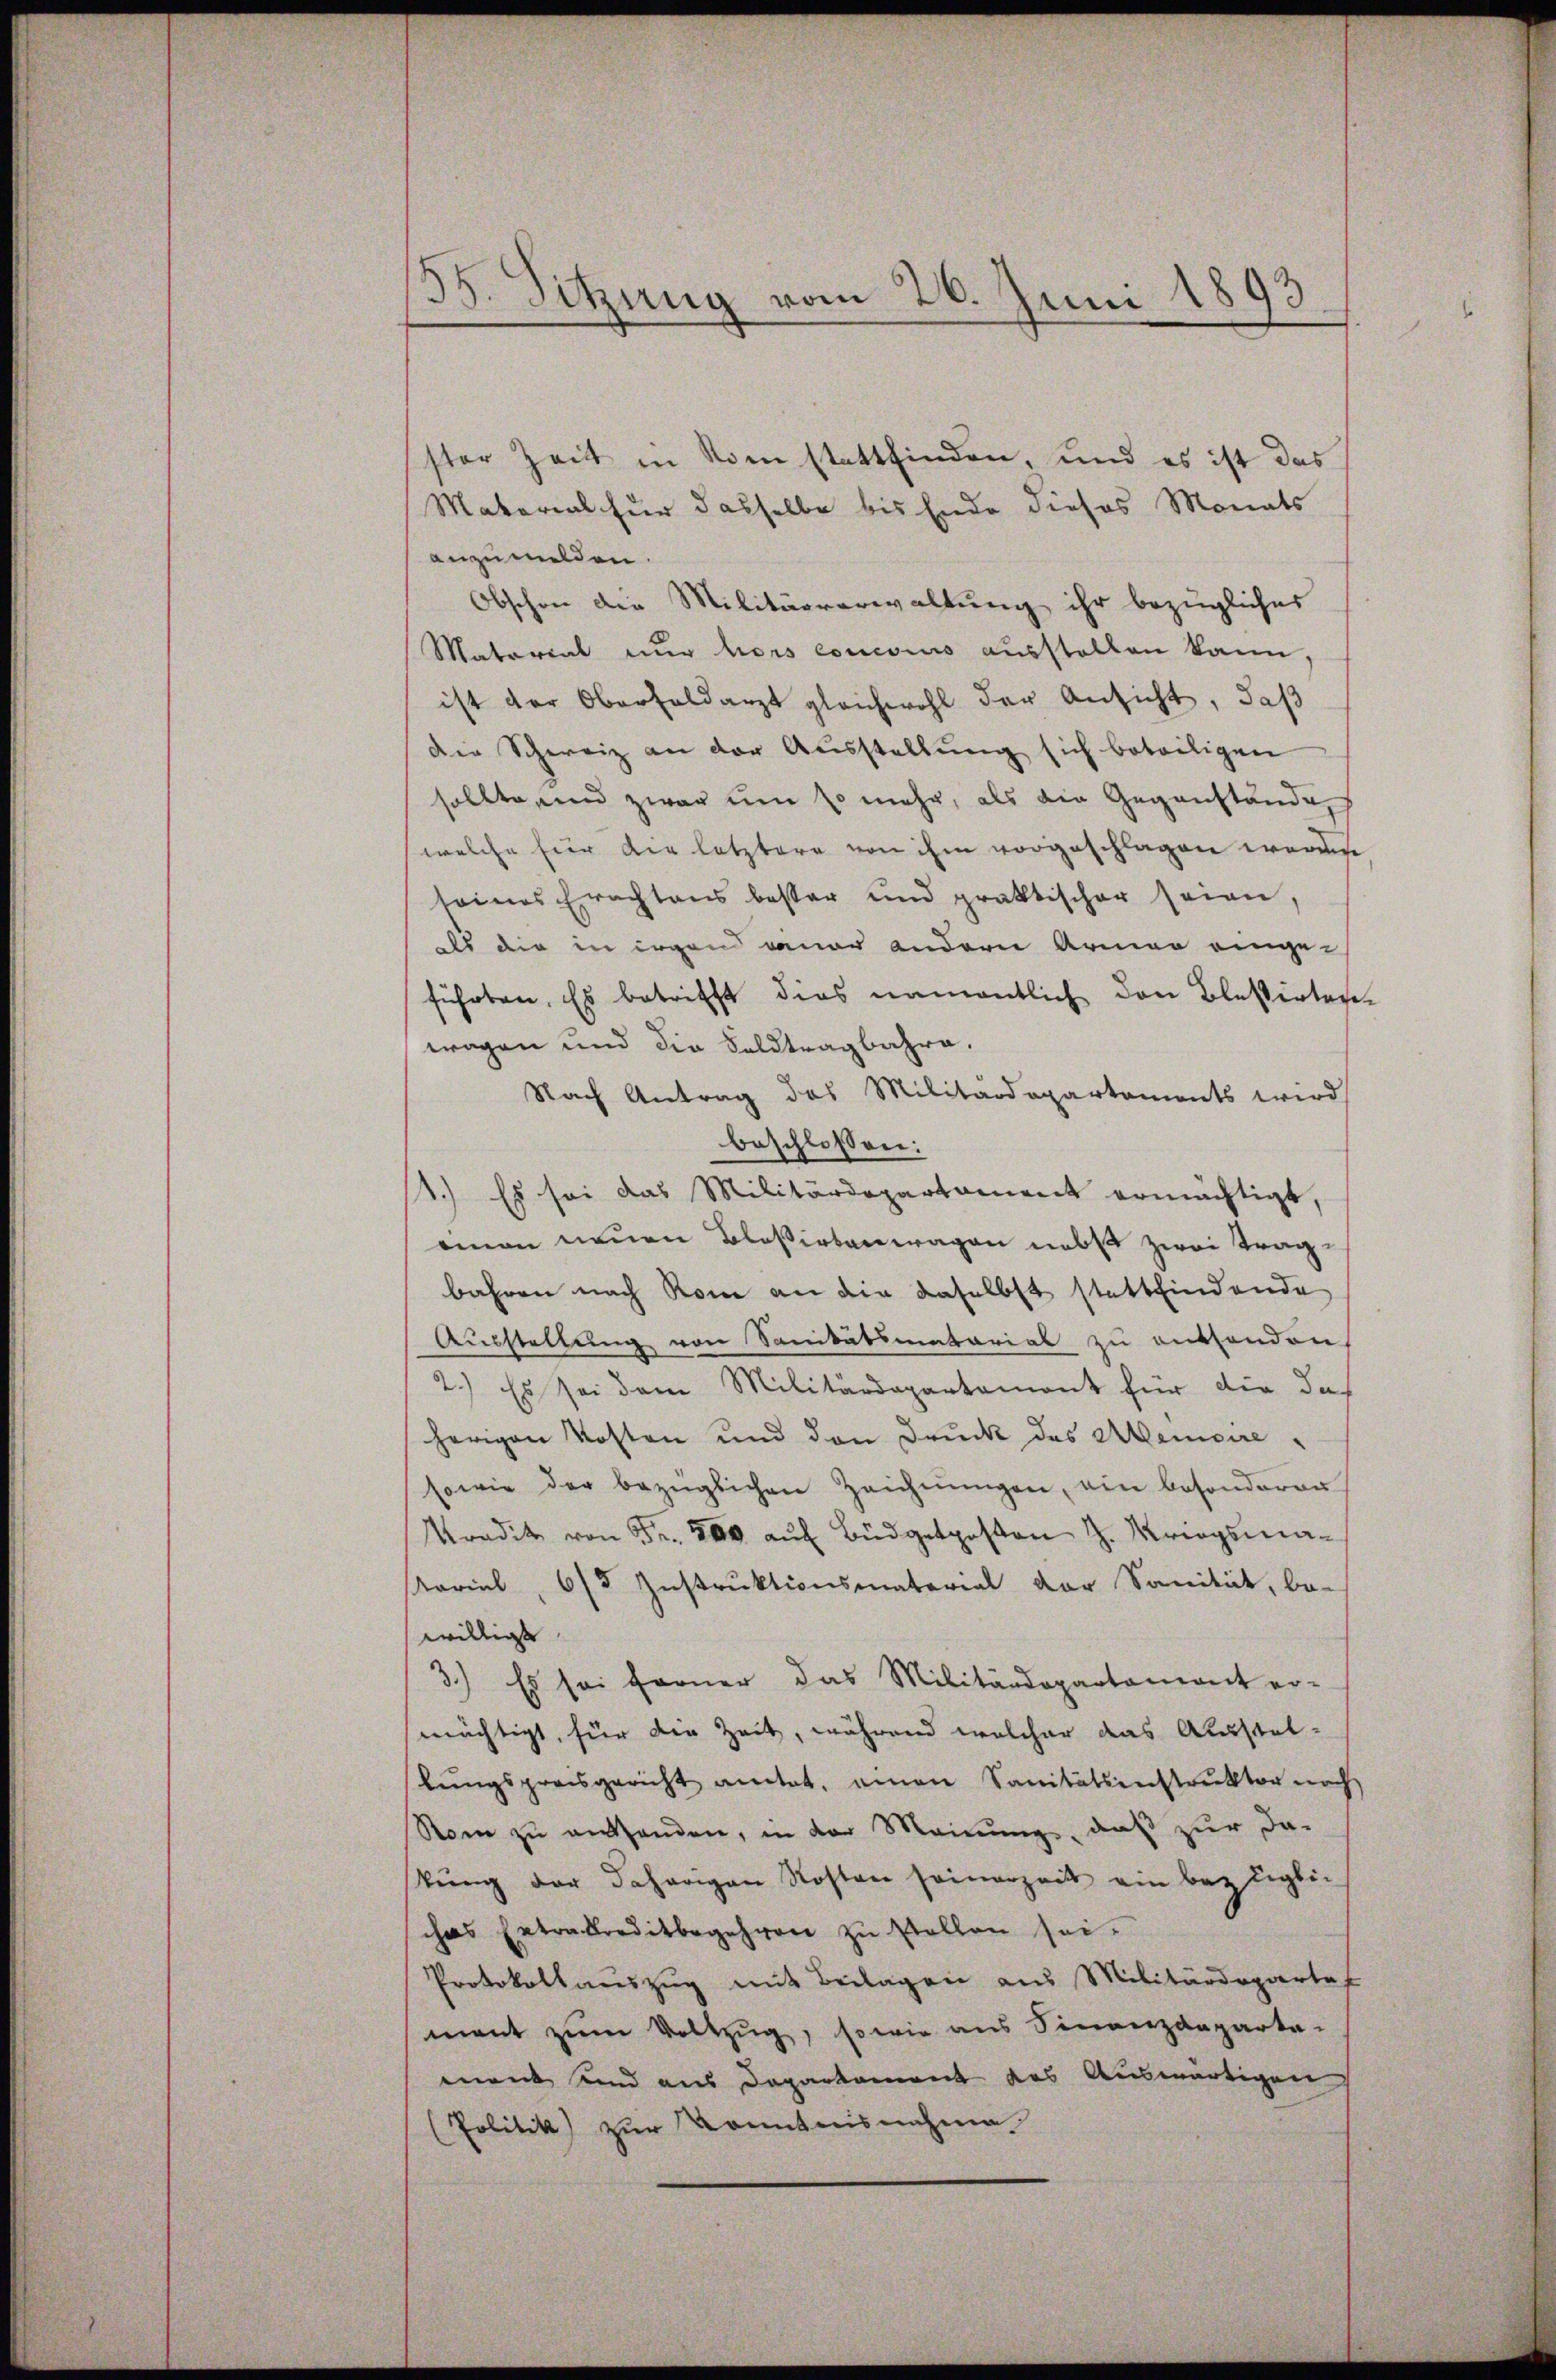
¬
35. Sitzung vom 26. Juni 1893.

ster Zeit in Rom stattfinden, und es ist das
Material für dasselbe bis Ende dieses Monats
anzumelden.
Obschon die Militärverwaltung ihr bezüglicher
Material nur hors couesius ausstellen kann,
ist der Oberfeldarzt gleichwohl der Ansicht, daß
Die Schweiz an der Ausstellŭng sich beteiligen
sollte, und zwar um so mehr, als die Gegenstände
welche für die letztere von ihm vorgeschlagen werden
seines Erachtens besser und praktischer seien,
als die in irgend aner andern Armen eingeführten. Es betrifft dies namentlich den Blasertage
wagen und die Feldtragbahre.
Nach Antrag des Militärdepartements wird
beschlossen:
1.) Es sei das Militärdepartament ermächtigt,
eman neuen Bloßirtenwagen nebst zwei Tragbahren nach Rom an die daselbst stattfindende
Ausstellung von Sanitatimatorial zu enthonden,
2.) Es sei dem Militärdepartement für die das
herigen Kosten und den Druck des Alemoire
sowie der bezüglichen Zeichnŭngen, ein besonderen
Kradit von Fr. 200 aŭf Büdgetposton H. Kriegsma¬
Noviel, 6/3 Instruktionsmaterial der Sanität, be-
willigt
3.) Es sei ferner das Militärdepartamont er-
mächtigt, für die Zeit, während welcher das Ausstel-
lŭngsprosgericht autet, einen Sanitätsinstruktor noch
Rom zu enthanden, in der Meinung, daß zur da-
stŭng der daherigen Kosten seinerzeit ein bezüglic
chas Extradreditbegehren zŭ stellen sei.
Protokollauszug mit Beilagen aus Militärdepartes
ment zum Vollzug, sowie aus Finanzdeparta-
ment und aus Departement das Auswärtigen,
(Politik zur Kenntnisnahme